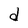
Character: d